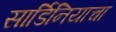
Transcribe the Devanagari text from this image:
सार्डिनियाचा